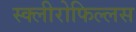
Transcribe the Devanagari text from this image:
स्क्लीरोफिल्लस